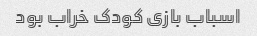
اسباب بازی کودک خراب بود